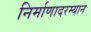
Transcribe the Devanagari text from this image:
निर्माणादरम्यान